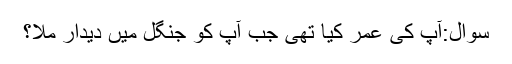
سوال:آپ کی عمر کیا تھی جب آپ کو جنگل میں دیدار ملا؟